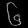
Digit: ၆